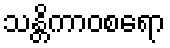
သန္တိကာဝစရော